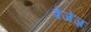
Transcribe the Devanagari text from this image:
वेजेज़